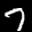
Label: 7